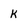
Character: K